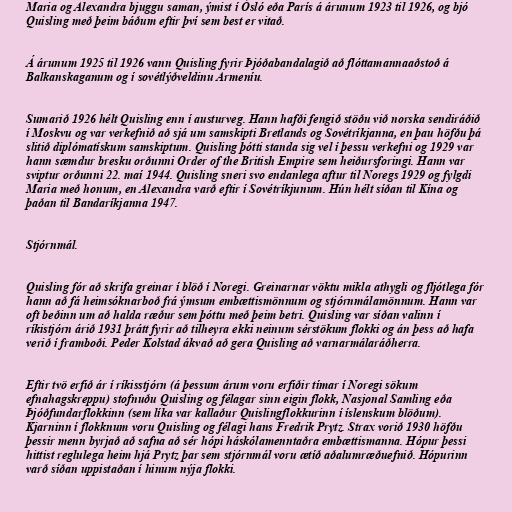
Maria og Alexandra bjuggu saman, ýmist í Ósló eða París á árunum 1923 til 1926, og bjó
Quisling með þeim báðum eftir því sem best er vitað.

Á árunum 1925 til 1926 vann Quisling fyrir Þjóðabandalagið að flóttamannaaðstoð á
Balkanskaganum og í sovétlýðveldinu Armeníu.

Sumarið 1926 hélt Quisling enn í austurveg. Hann hafði fengið stöðu við norska sendiráðið
í Moskvu og var verkefnið að sjá um samskipti Bretlands og Sovétríkjanna, en þau höfðu þá
slitið diplómatískum samskiptum. Quisling þótti standa sig vel í þessu verkefni og 1929 var
hann sæmdur bresku orðunni Order of the British Empire sem heiðursforingi. Hann var
sviptur orðunni 22. maí 1944. Quisling sneri svo endanlega aftur til Noregs 1929 og fylgdi
Maria með honum, en Alexandra varð eftir í Sovétríkjunum. Hún hélt síðan til Kína og
þaðan til Bandaríkjanna 1947.

Stjórnmál.

Quisling fór að skrifa greinar í blöð í Noregi. Greinarnar vöktu mikla athygli og fljótlega fór
hann að fá heimsóknarboð frá ýmsum embættismönnum og stjórnmálamönnum. Hann var
oft beðinn um að halda ræður sem þóttu með þeim betri. Quisling var síðan valinn í
ríkistjórn árið 1931 þrátt fyrir að tilheyra ekki neinum sérstökum flokki og án þess að hafa
verið í framboði. Peder Kolstad ákvað að gera Quisling að varnarmálaráðherra.

Eftir tvö erfið ár í ríkisstjórn (á þessum árum voru erfiðir tímar í Noregi sökum
efnahagskreppu) stofnuðu Quisling og félagar sinn eigin flokk, Nasjonal Samling eða
Þjóðfundarflokkinn (sem líka var kallaður Quislingflokkurinn í íslenskum blöðum).
Kjarninn í flokknum voru Quisling og félagi hans Fredrik Prytz. Strax vorið 1930 höfðu
þessir menn byrjað að safna að sér hópi háskólamenntaðra embættismanna. Hópur þessi
hittist reglulega heim hjá Prytz þar sem stjórnmál voru ætíð aðalumræðuefnið. Hópurinn
varð síðan uppistaðan í hinum nýja flokki.